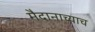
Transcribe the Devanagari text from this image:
मैदानाच्याच